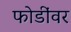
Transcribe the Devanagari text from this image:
फोडींवर